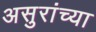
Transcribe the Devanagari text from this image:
असुरांच्या